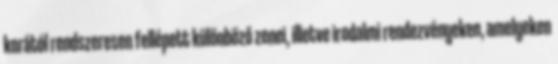
korától rendszeresen fellépett különböző zenei, illetve irodalmi rendezvényeken, amelyeken